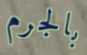
بالجرم